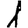
Digit: 1